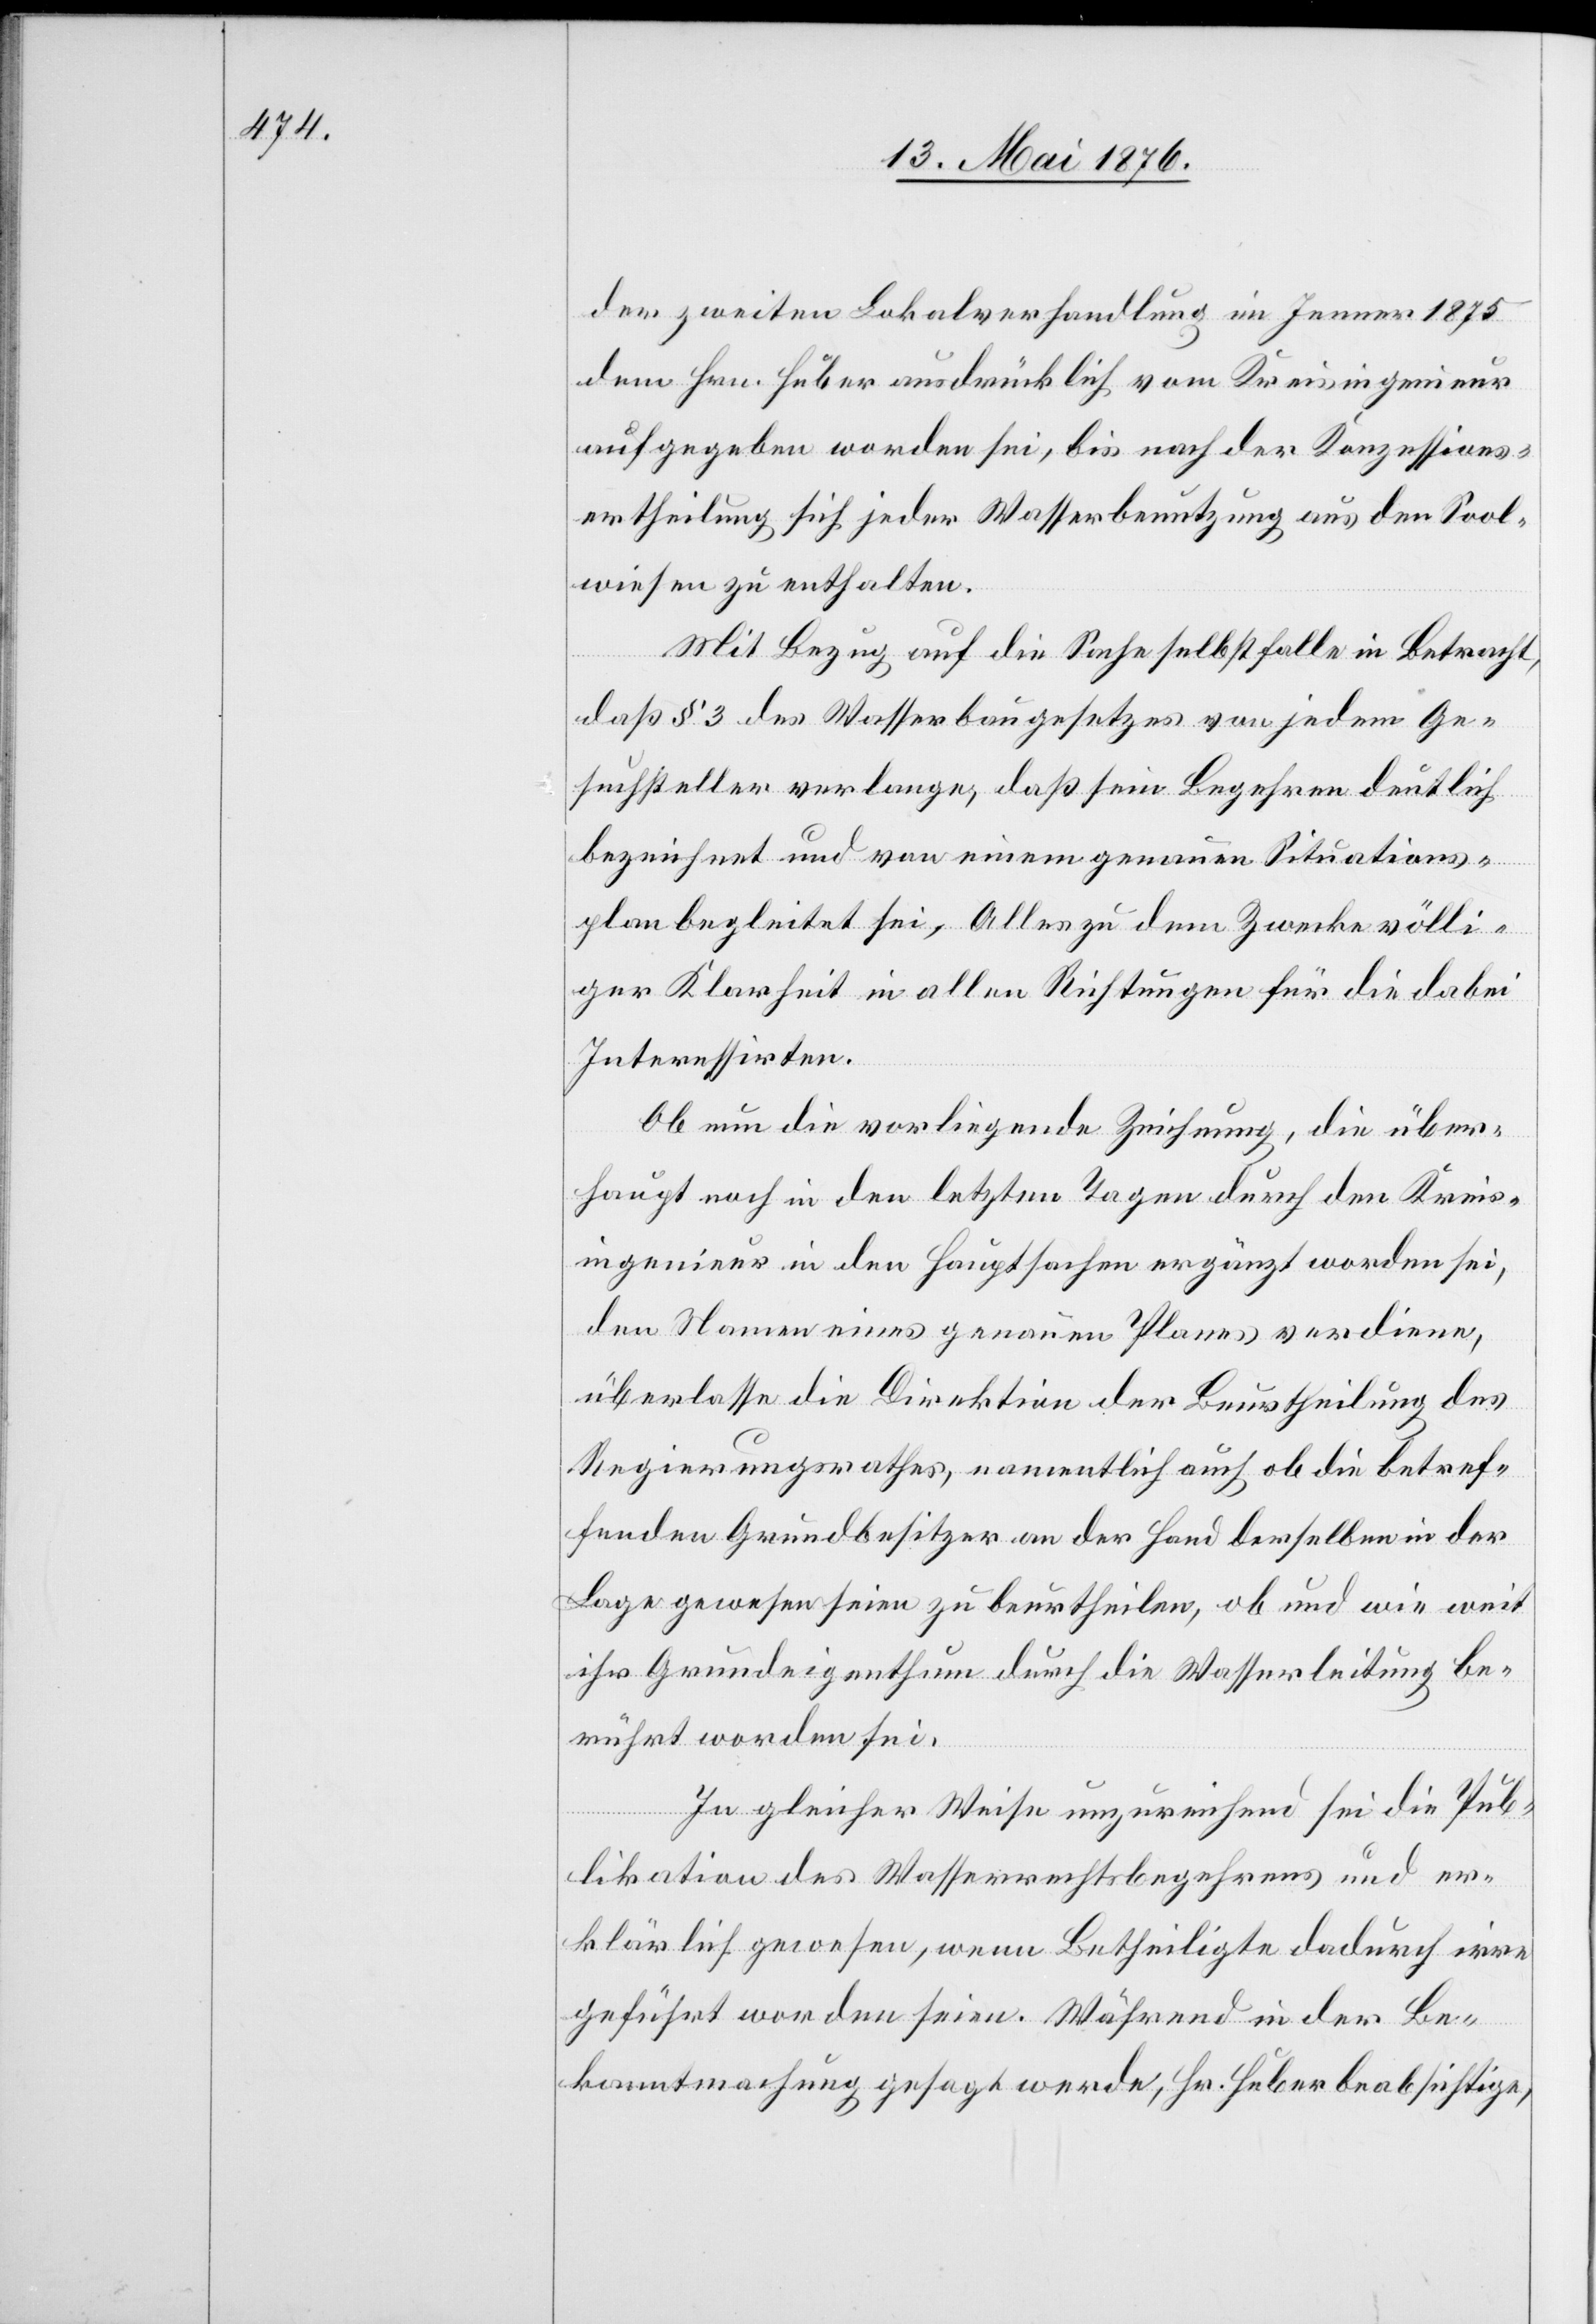
der zweiten Lokalverhandlung im Jenner 1875
dem Hrn. Huber ausdrücklich vom Kreisingenieur
aufgegeben worden sei, bis nach der Konzessions¬
ertheilung sich jeder Wasserbenutzung aus den Sool¬
wiesen zu enthalten.
Mit Bezug auf die Sache selbst falle in Betracht,
daß § 3 des Wasserbaugesetzes von jedem Ge¬
suchsteller verlange, daß sein Begehren deutlich
bezeichnet und von einem genauen Situations¬
plan begleitet sei, Alles zu dem Zwecke völli¬
ger Klarheit in allen Richtungen für die dabei
Interessirten.
Ob nun die vorliegende Zeichnung, die über¬
haupt noch in den letzten Tagen durch den Kreis¬
ingenieur in den Hauptsachen ergänzt worden sei,
den Namens eines genauen Planes verdiene,
überlasse die Direktion der Beurtheilung des
Regierungsrathes, namentlich auch ob die betref¬
fenden Grundbesitzer an der Hand derselben in der
Lage gewesen seien zu beurtheilen, ob und wie weit
ihr Grundeigenthum durch die Wasserleitung be¬
rührt worden sei.
In gleicher Weise unzureichend sei die Pub¬
likation des Wasserrechtsbegehrens uner¬
klärlich gewesen, wenn Betheiligte dadurch irre
geführt worden seien. Während in der Be¬
kanntmachung gesagt werde, Hr. Huber beabsichtige,